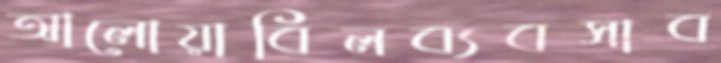
আলোয়াবিলব্যবসাব